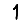
Digit: 1